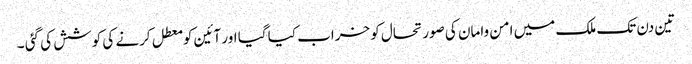
تین دن تک ملک میں امن وامان کی صورتحال کو خراب کیا گیا اور آئین کو معطل کرنے کی کوشش کی گئی ۔